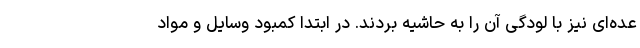
عده‌ای نیز با لودگی آن را به حاشیه بردند. در ابتدا کمبود وسایل و مواد